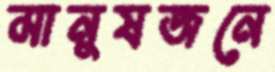
মানুষজনে